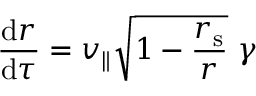
{ \frac { \mathrm { { d } } r } { \mathrm { { d } } \tau } } = v _ { \parallel } { \sqrt { 1 - { \frac { r _ { \mathrm { { s } } } } { r } } } } \ \gamma